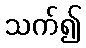
သက်၍